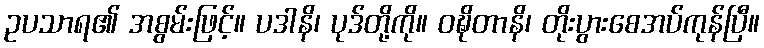
ဥပသာရ၏ အစွမ်းဖြင့်။ ပဒါနိ၊ ပုဒ်တို့ကို။ ဝဍ္ဎိတာနိ၊ တိုးပွားစေအပ်ကုန်ပြီ။